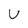
Character: v